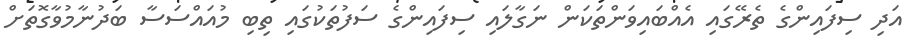
އަދި ސިފައިންގެ ތެރޭގައި އެއްބައިވަންތަކަން ނަގާލައި ސިފައިންގެ ސަފުތަކުގައި ތިބި މުއައްސަސާ ބަދުނާމުވާގޮތަށް